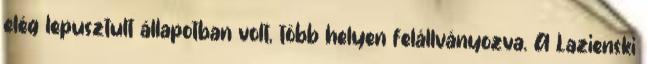
elég lepusztult állapotban volt, több helyen felállványozva. A Lazienski